Indian journal of veterinary science and animal husbandry - Volumes 22-23, 1952-1953
Year: 1952
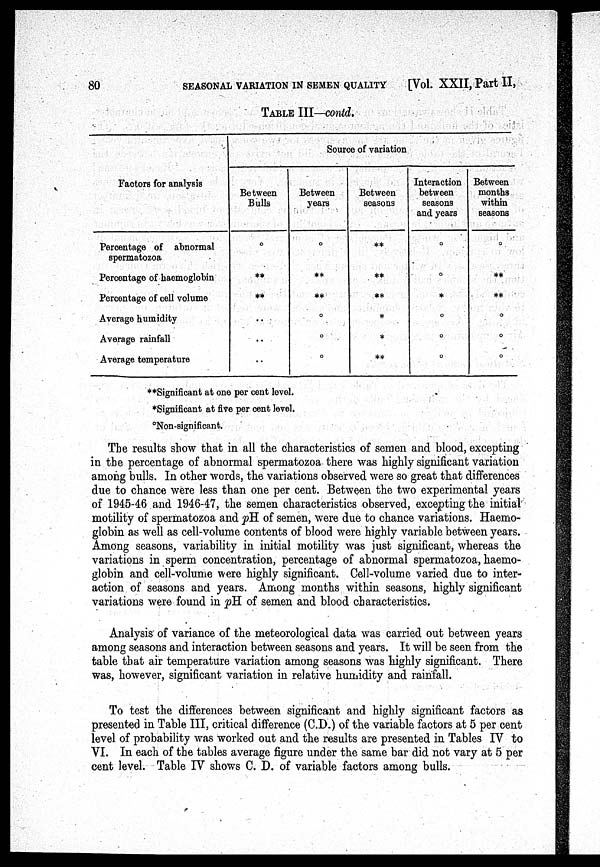
80
SEASONAL VARIATION IN SEMEN QUALITY
[Vol. XXII, Part II,
TABLE III—contd.
Factors for analysis
Percentage of abnormal
spermatozoa
Percentage of haemoglobin
Percentage of cell volume
Average humidity
Average rainfall
Average temperature
Source of variation
Between
Bulls
°
**
**
..
..
..
Between
years
°
**
**
°
°
°
Between
seasons
**
**
**
*
*
**
Interaction
between
seasons
and years
°
°
*
°
°
°
Between
months
within
seasons
°
**
**
°
°
°
**Significant at one per cent level.
*Significant at five per cent level.
°Non-significant.
The results show that in all the characteristics of semen and blood, excepting
in the percentage of abnormal spermatozoa there was highly significant variation
among bulls. In other words, the variations observed were so great that differences
due to chance were less than one per cent. Between the two experimental years
of 1945-46 and 1946-47, the semen characteristics observed, excepting the initial
motility of spermatozoa and pH of semen, were due to chance variations. Haemo-
globin as well as cell-volume contents of blood were highly variable between years.
Among seasons, variability in initial motility was just significant, whereas the
variations in sperm concentration, percentage of abnormal spermatozoa, haemo-
globin and cell-volume were highly significant. Cell-volume varied due to inter-
action of seasons and years. Among months within seasons, highly significant
variations were found in pH of semen and blood characteristics.
Analysis of variance of the meteorological data was carried out between years
among seasons and interaction between seasons and years. It will be seen from the
table that air temperature variation among seasons was highly significant. There
was, however, significant variation in relative humidity and rainfall.
To test the differences between significant and highly significant factors as
presented in Table III, critical difference (C.D.) of the variable factors at 5 per cent
level of probability was worked out and the results are presented in Tables IV to
VI. In each of the tables average figure under the same bar did not vary at 5 per
cent level. Table IV shows C. D. of variable factors among bulls.